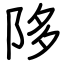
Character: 陊